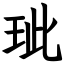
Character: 玼